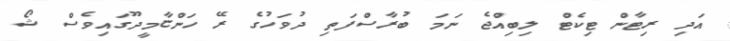
އަދި ރިޓާން ޓިކެޓް ލިބިއްޖެ ނަމަ ބުރާސްފަތި ދުވަހުގެ ރޭ ހަންޏާމީދޫގައިވެސް ޝޯ